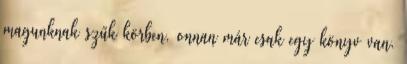
magunknak szűk körben, onnan már csak egy könyv van.